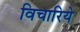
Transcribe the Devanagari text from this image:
विचारिये